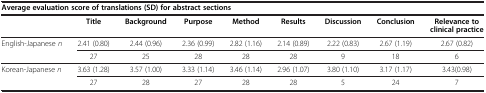
<table><thead><tr><td colspan="9"><b>Average evaluation score of translations (SD) for abstract sections</b></td></tr><tr><td><b> </b></td><td><b>Title</b></td><td><b>Background</b></td><td><b>Purpose</b></td><td><b>Method</b></td><td><b>Results</b></td><td><b>Discussion</b></td><td><b>Conclusion</b></td><td><b>Relevance to clinical practice</b></td></tr></thead><tbody><tr><td rowspan="2">English-Japanese <i>n</i></td><td>2.41 (0.80)</td><td>2.44 (0.96)</td><td>2.36 (0.99)</td><td>2.82 (1.16)</td><td>2.14 (0.89)</td><td>2.22 (0.83)</td><td>2.67 (1.19)</td><td>2.67 (0.82)</td></tr><tr><td>27</td><td>25</td><td>28</td><td>28</td><td>28</td><td>9</td><td>18</td><td>6</td></tr><tr><td rowspan="2">Korean-Japanese <i>n</i></td><td>3.63 (1.28)</td><td>3.57 (1.00)</td><td>3.33 (1.14)</td><td>3.46 (1.14)</td><td>2.96 (1.07)</td><td>3.80 (1.10)</td><td>3.17 (1.17)</td><td>3.43(0.98)</td></tr><tr><td>27</td><td>28</td><td>27</td><td>28</td><td>28</td><td>5</td><td>24</td><td>7</td></tr></tbody></table>